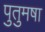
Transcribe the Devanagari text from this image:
पुतुमषा